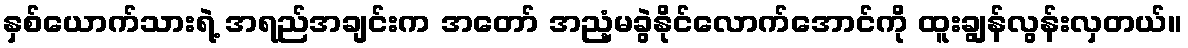
နှစ်ယောက်သားရဲ့ အရည်အချင်းက အတော် အညံ့မခွဲနိုင်လောက်အောင်ကို ထူးချွန်လွန်းလှတယ်။